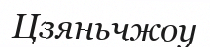
Цзяньчжоу